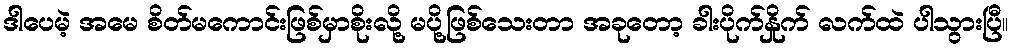
ဒါပေမဲ့ အမေ စိတ်မကောင်းဖြစ်မှာစိုးလို့ မပို့ဖြစ်သေးတာ အခုတော့ ခါးပိုက်နှိုက် လက်ထဲ ပါသွားပြီ။